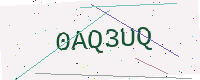
Text: 0AQ3UQ